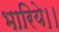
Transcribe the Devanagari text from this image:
भारिये।।